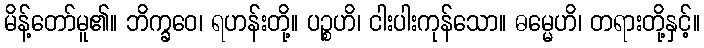
မိန့်တော်မူ၏။ ဘိက္ခဝေ၊ ရဟန်းတို့။ ပဉ္စဟိ၊ ငါးပါးကုန်သော။ ဓမ္မေဟိ၊ တရားတို့နှင့်။